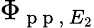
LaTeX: \Phi_{\mathrm{~p~p~},\, E_{2}}